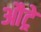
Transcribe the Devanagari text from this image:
औट्रे